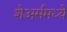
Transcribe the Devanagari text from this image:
शेअर्समध्ये